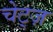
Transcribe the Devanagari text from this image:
चेट्ज़